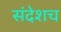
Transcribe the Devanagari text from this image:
संदेशच